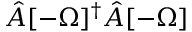
\hat { A } [ - \Omega ] ^ { \dagger } \hat { A } [ - \Omega ]